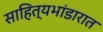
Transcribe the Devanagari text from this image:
साहित्यभांडारात